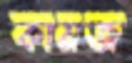
কামজ